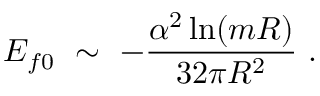
{ \cal E } _ { f 0 } \ \sim \ - \frac { \alpha ^ { 2 } \ln ( m R ) } { 3 2 \pi R ^ { 2 } } \ .